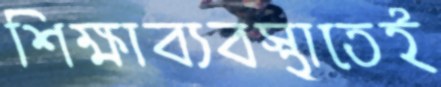
শিক্ষাব্যবস্থাতেই